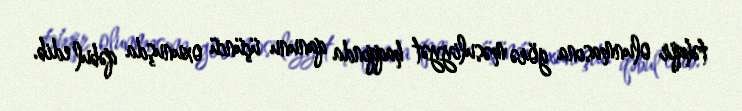
təhqir olunmasına görə məsuliyyət haqqında qanunu üçüncü oxunuşda qəbul edib.